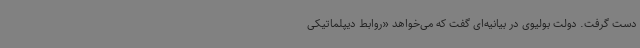
دست گرفت. دولت بولیوی در بیانیه‌ای گفت که می‌خواهد «روابط دیپلماتیکی